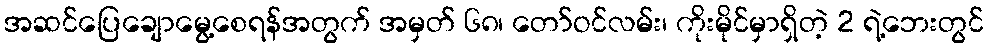
အဆင်ပြေချောမွေ့စေရန်အတွက် အမှတ် ၆၈၊ တော်ဝင်လမ်း၊ ကိုးမိုင်မှာရှိတဲ့ 2 ရဲ့ဘေးတွင်